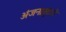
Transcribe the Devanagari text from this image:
अंजनासुंदरी